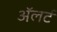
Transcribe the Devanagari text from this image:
अॅलर्ट